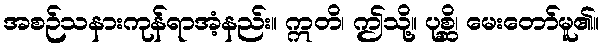
အစဉ်သနားကုန်ရာအံ့နည်း။ ဣတိ၊ ဤသို့။ ပုစ္ဆိ၊ မေးတော်မူ၏။